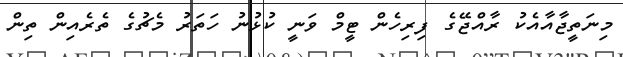
މިނަތީޖާއާއެކު ރާއްޖޭގެ ފިރިހެން ޓީމް ވަނީ ކުޅުނު ހަތަރު މެޗުގެ ތެރެއިން ތިން